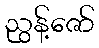
ညွန့်ဇော်